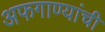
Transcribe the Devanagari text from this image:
अफगाण्यांची